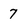
Character: 7